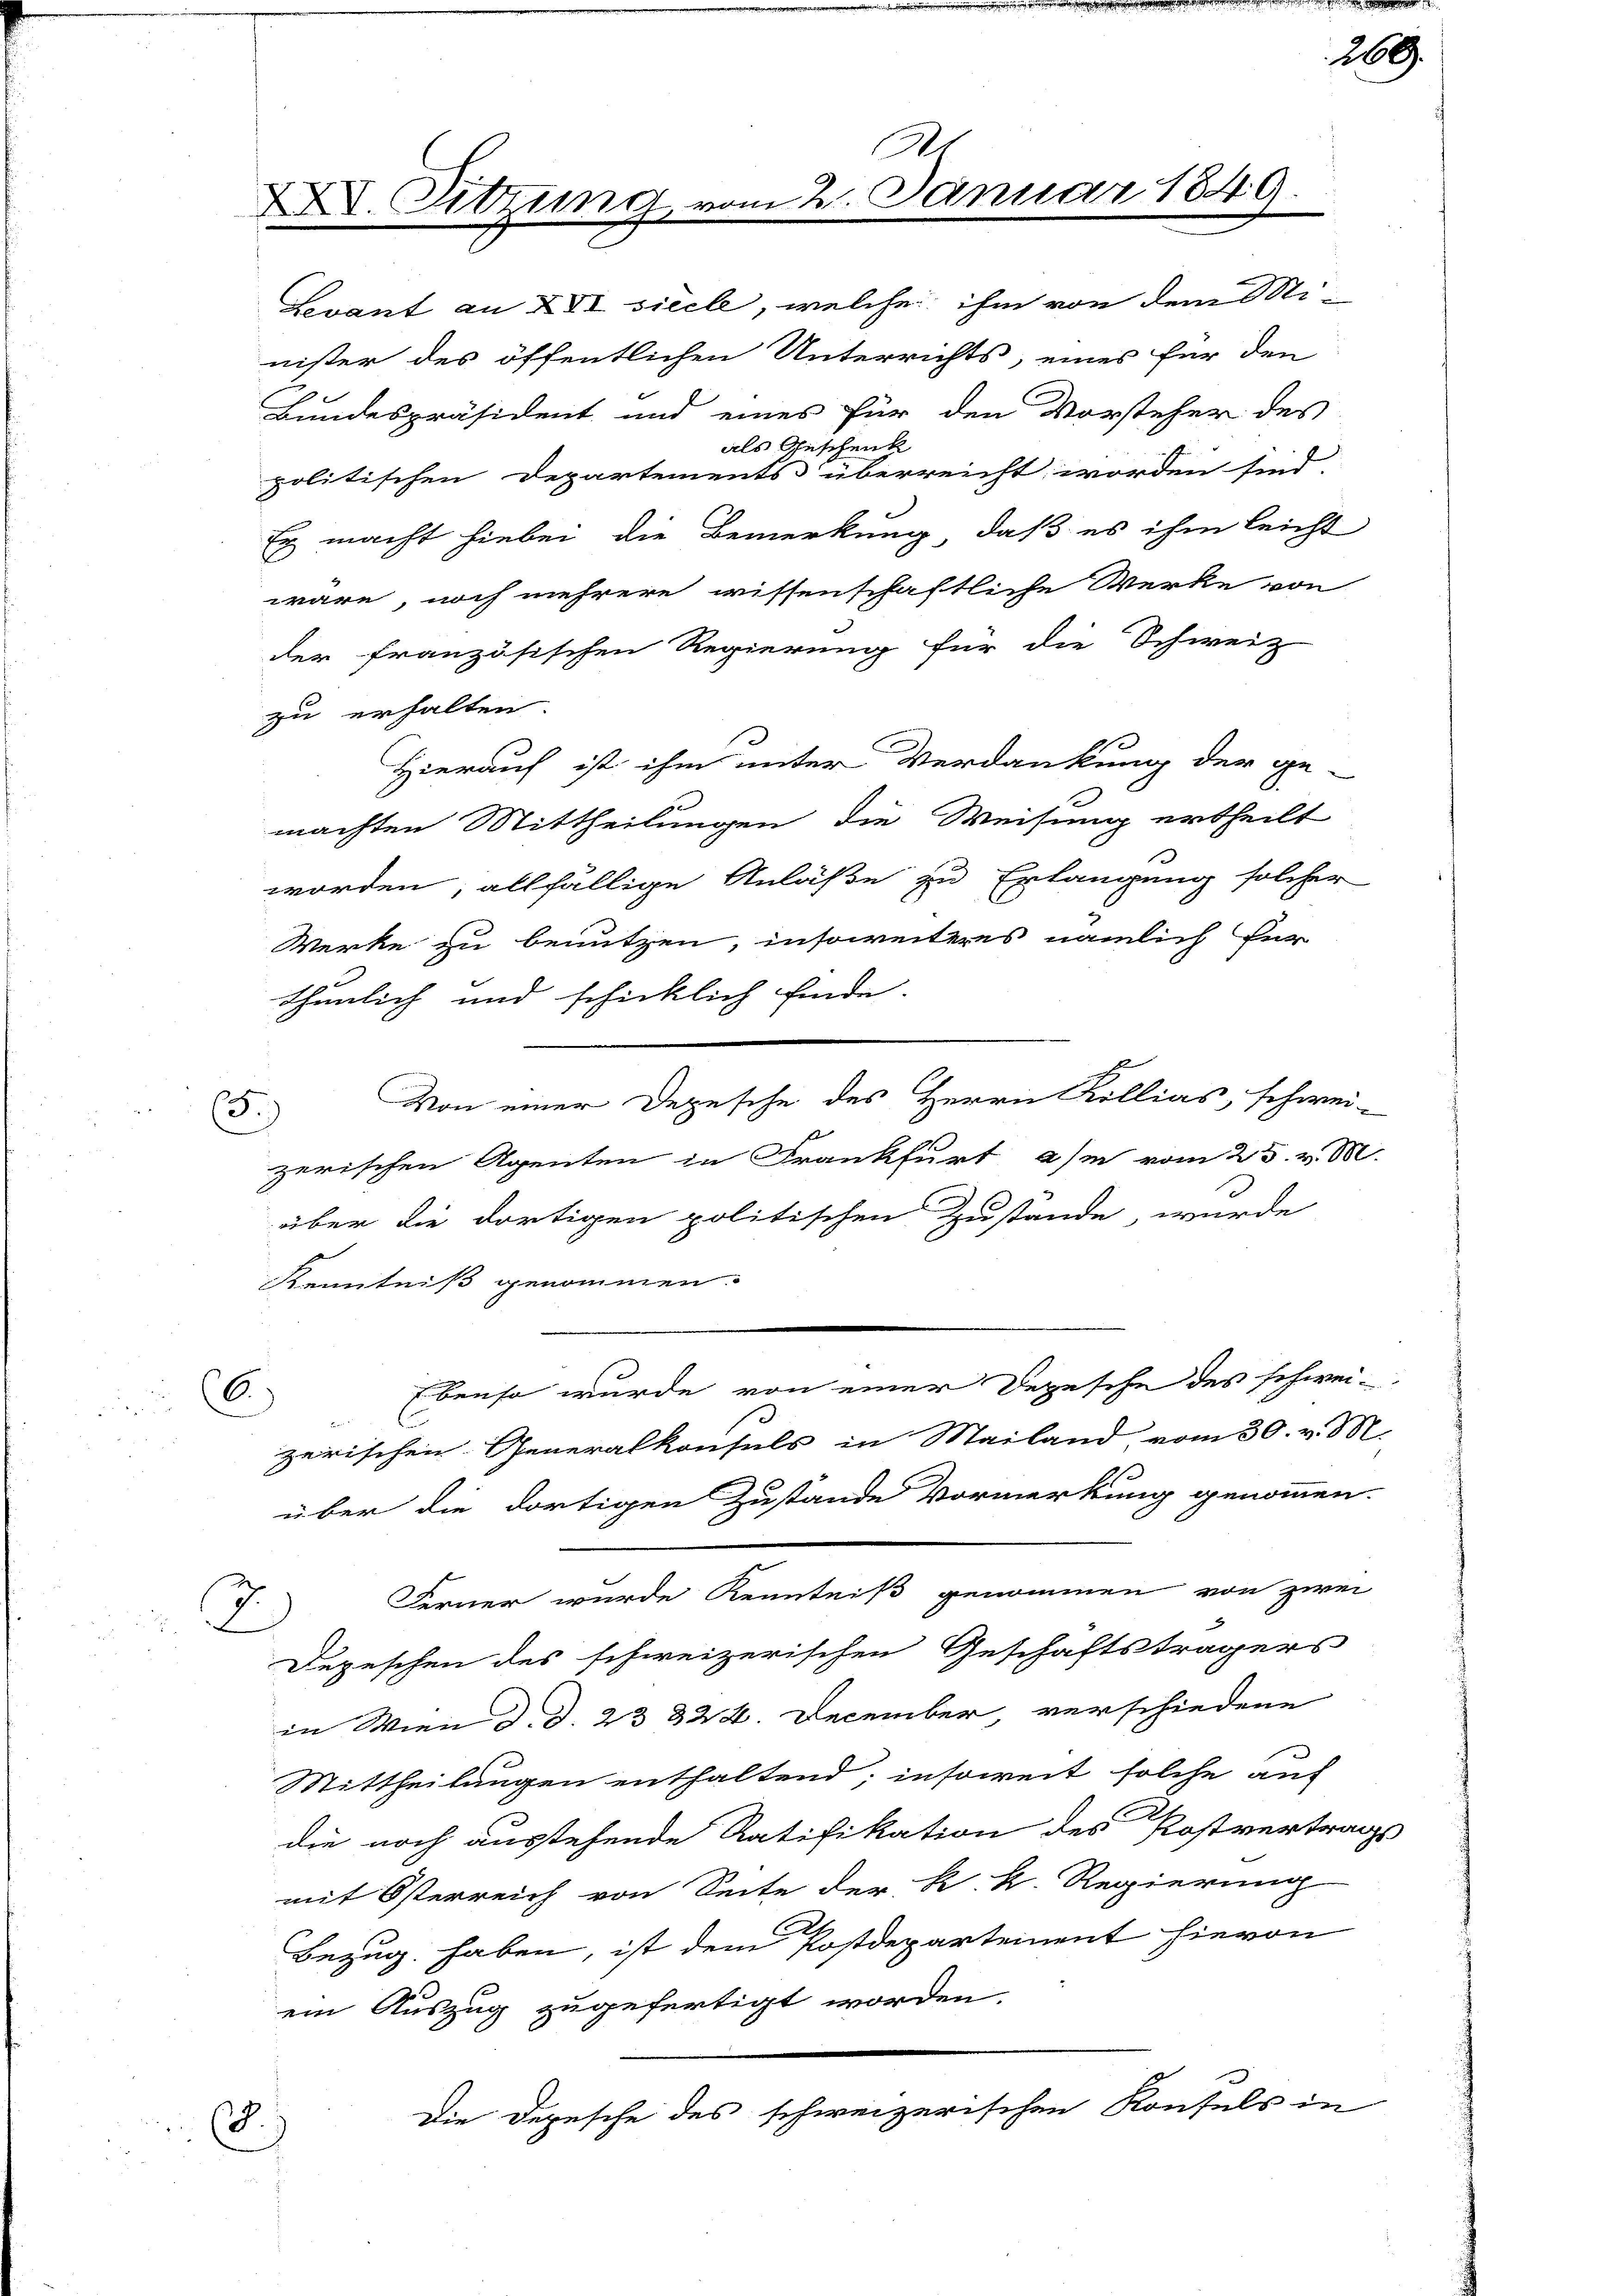
Levant an XVI sieele, welche ihm von dem Minister des öffentlichen Unterrichts, eines für den
Bundespräsident und eines für den Vorsteher des
als Geschenk
politischen Departements überreicht worden sind.
Ey macht hiebei die Bemerkung, daß es ihm leicht
wäre, noch mehrere wissenschaftliche Werke von
der französischen Regierung für die Schweiz
zu erhalten.
Hierauf ist ihm unter Verdankung der ge-
machten Mittheilungen die Weisung ertheilt
worden, allfällige Anlaße zu Erlangung solcher
Werke zu benutzen, insoweiteres nämlich für
thunlich und schicklich Einde.
Von einer Depesche des Herrn Köllias, schwei¬
5.)
zerischen Agenten in Frankfurt a/m vom 25. v. M.
über die dortigen politischen Zustande, wurde
Kenntniß genommen.
Ebenso wurde von einer Depesche des schwei¬
6.)
zerischen Generalkonsuls in Mailand vom 30. v. M.
über die dortigen Zustande Vormerkung genommen.
Ferner wurde Kenntniß genommen von zwei
.
Depeschen des schweizerischen Geschäftsträgers
in Wien d. d. 23 § 24. December, verschiedene
Mittheilungen enthaltend; insoweit solche auf
die noch ausstehende Ratifikation des Postvertrags
mit Österreich von Seite der k. k. Regierung
Bezug haben, ist dem Postdepartement hievon
ein Auszug zugefertigt worden.
Die Depesche des schweizerischen Konfels in
8.

XXV. Sitzung

Ar
22. Januar 1849.

169.